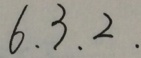
6 . 3 . 2 .